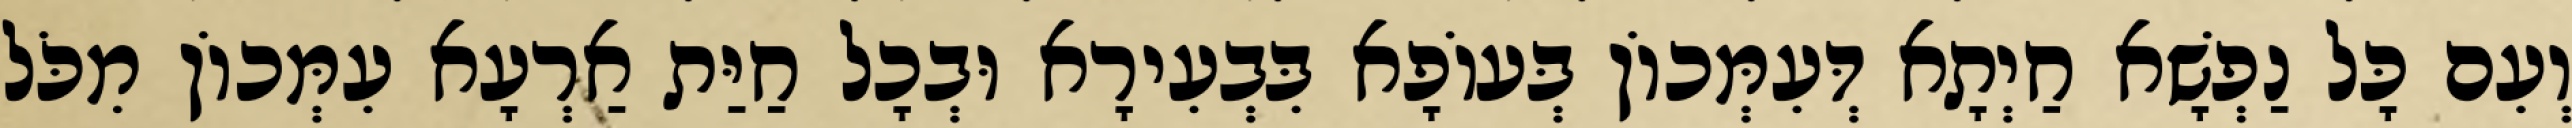
וְעִם כָּל נַפְשָׁא חַיְתָא דְּעִמְּכוֹן בְּעוֹפָא בִּבְעִירָא וּבְכָל חַיַּת אַרְעָא עִמְּכוֹן מִכֹּל